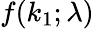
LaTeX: f(k_{1};\lambda)